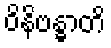
ဝိနိဗန္ဓာတိ